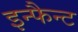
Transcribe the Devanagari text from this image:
इन्फैन्ट